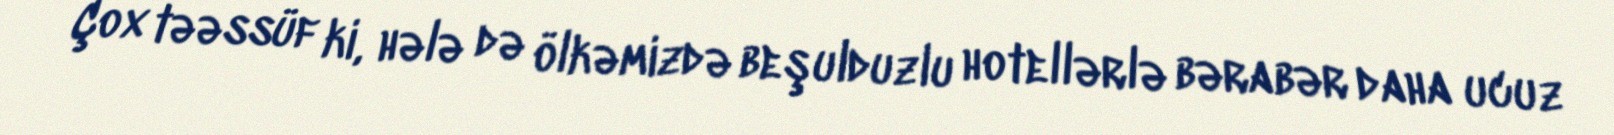
Çox təəssüf ki, hələ də ölkəmizdə beşulduzlu hotellərlə bərabər daha ucuz